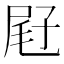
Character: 屘